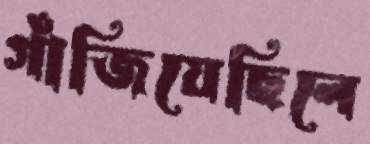
গাঁজিয়েছিলে